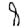
Digit: 8